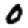
Digit: 0